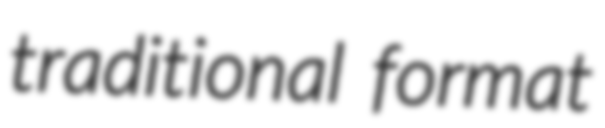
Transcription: traditional format